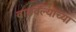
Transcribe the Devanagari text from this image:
वाढवल्याच्या